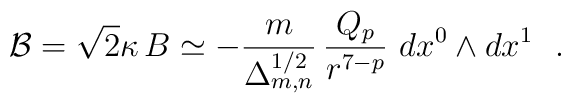
{\cal B} = \sqrt{2}\kappa\,B \simeq-\frac{m}{\Delta_{m,n}^{1/2}}\,\frac{Q_p}{r^{7-p}}~dx^0\wedge dx^1~~.